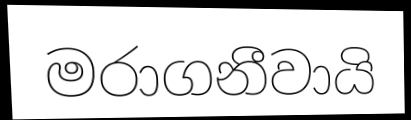
මරාගනීවායි